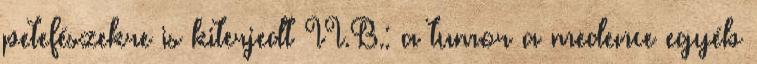
petefészekre is kiterjedt II.B.: a tumor a medence egyéb